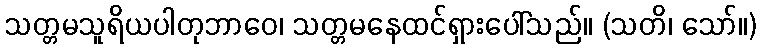
သတ္တမသူရိယပါတုဘာဝေ၊ သတ္တမနေထင်ရှားပေါ်သည်။ (သတိ၊ သော်။)